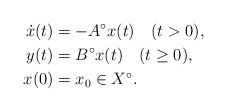
\begin{align*} \dot{x}(t) & = -A^{\circ}x(t) \quad(t>0),\\ y(t) & = B^{\circ}x(t) \quad(t\geq 0),\\ x(0) & = x_0 \in X^\circ.\end{align*}